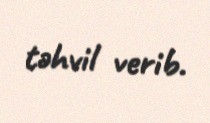
təhvil verib.